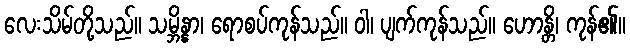
လေးသိမ်တို့သည်။ သမ္ဘိန္နာ၊ ရောစပ်ကုန်သည်။ ဝါ၊ ပျက်ကုန်သည်။ ဟောန္တိ၊ ကုန်၏။